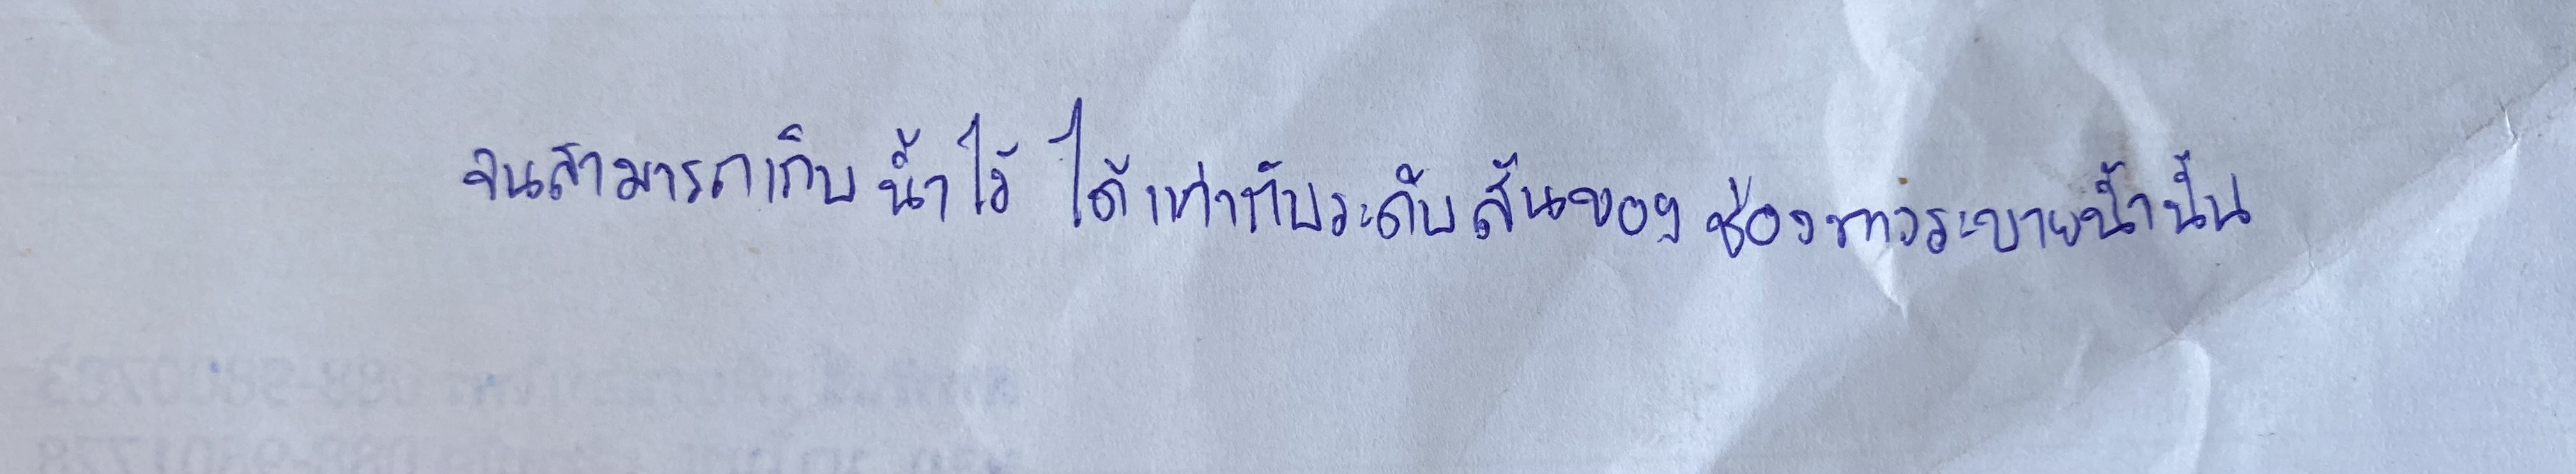
จนสามารถเก็บน้ำไว้ได้เท่ากับระดับสันของช่องทางระบายน้ำนั้น